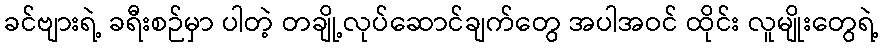
ခင်ဗျားရဲ့ ခရီးစဉ်မှာ ပါတဲ့ တချို့လုပ်ဆောင်ချက်တွေ အပါအဝင် ထိုင်း လူမျိုးတွေရဲ့